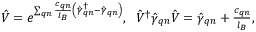
\begin{array} { r } { \hat { V } = e ^ { \sum _ { \boldsymbol { q } n } \frac { c _ { \boldsymbol { q } n } } { l _ { B } } \left( \hat { \gamma } _ { \boldsymbol { q } n } ^ { \dagger } - \hat { \gamma } _ { \boldsymbol { q } n } \right) } , \; \; \hat { V } ^ { \dagger } \hat { \gamma } _ { \boldsymbol { q } n } \hat { V } = \hat { \gamma } _ { \boldsymbol { q } n } + \frac { c _ { \boldsymbol { q } n } } { l _ { B } } , } \end{array}